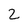
Character: 2